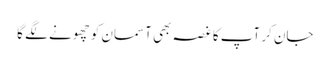
جان کر آپ کا غصہ بھی آسمان کو چھونے لگے گا